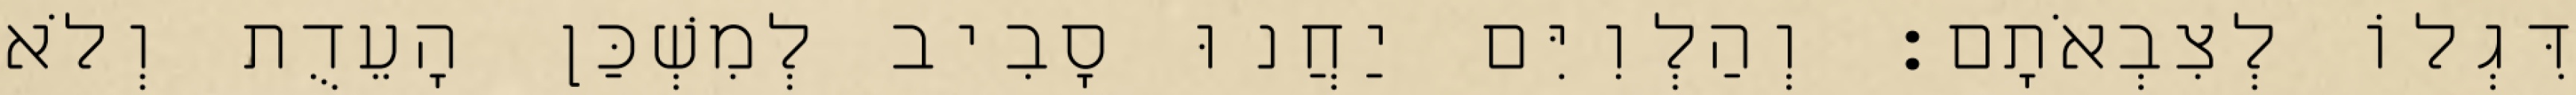
דִּגְלוֹ לְצִבְאֹתָם׃ וְהַלְוִיִּם יַחֲנוּ סָבִיב לְמִשְׁכַּן הָעֵדֻת וְלֹא